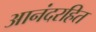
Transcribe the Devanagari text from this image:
आनंदरहित